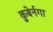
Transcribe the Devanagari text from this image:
कुबेर्नगा